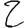
Digit: 2